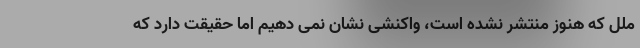
ملل که هنوز منتشر نشده است، واکنشی نشان نمی دهیم اما حقیقت دارد که